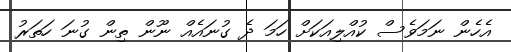
އެހެން ނަމަވެސް ކުއްލިއަކަށް ހަމަ ދެ ގުނައެއް ނޫން ތިން ގުނަ ހަތަރު